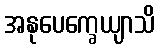
အနုပေက္ခေယျာသိ